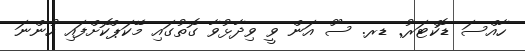
ހާއްސަ ޑޮކްޓަރު